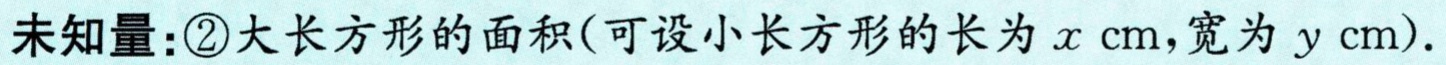
未知量：\textcircled{2}大长方形的面积(可设小长方形的长为\(x \text{ cm}\)，宽为\(y \text{ cm}\)).